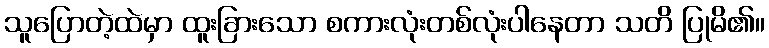
သူပြောတဲ့ထဲမှာ ထူးခြားသော စကားလုံးတစ်လုံးပါနေတာ သတိ ပြုမိ၏။